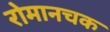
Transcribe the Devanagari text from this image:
रोमानचक